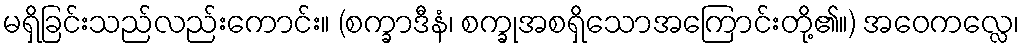
မရှိခြင်းသည်လည်းကောင်း။ (စက္ခာဒီနံ၊ စက္ခုအစရှိသောအကြောင်းတို့၏။) အဝေကလ္လေ၊